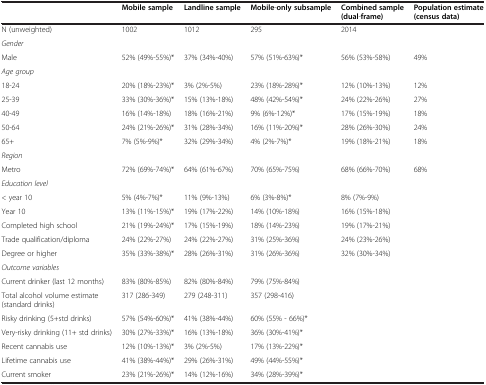
<table><thead><tr><td><b> </b></td><td><b>Mobile sample</b></td><td><b>Landline sample</b></td><td><b>Mobile-only subsample</b></td><td><b>Combined sample (dual-frame)</b></td><td><b>Population estimate (census data)</b></td></tr></thead><tbody><tr><td>N (unweighted)</td><td>1002</td><td>1012</td><td>295</td><td>2014</td><td> </td></tr><tr><td><i>Gender</i></td><td> </td><td> </td><td> </td><td> </td><td> </td></tr><tr><td>Male</td><td>52% (49%-55%)*</td><td>37% (34%-40%)</td><td>57% (51%-63%)*</td><td>56% (53%-58%)</td><td>49%</td></tr><tr><td><i>Age group</i></td><td> </td><td> </td><td> </td><td> </td><td> </td></tr><tr><td>18-24</td><td>20% (18%-23%)*</td><td>3% (2%-5%)</td><td>23% (18%-28%)*</td><td>12% (10%-13%)</td><td>12%</td></tr><tr><td>25-39</td><td>33% (30%-36%)*</td><td>15% (13%-18%)</td><td>48% (42%-54%)*</td><td>24% (22%-26%)</td><td>27%</td></tr><tr><td>40-49</td><td>16% (14%-18%)</td><td>18% (16%-21%)</td><td>9% (6%-12%)*</td><td>17% (15%-19%)</td><td>18%</td></tr><tr><td>50-64</td><td>24% (21%-26%)*</td><td>31% (28%-34%)</td><td>16% (11%-20%)*</td><td>28% (26%-30%)</td><td>24%</td></tr><tr><td>65+</td><td>7% (5%-9%)*</td><td>32% (29%-34%)</td><td>4% (2%-7%)*</td><td>19% (18%-21%)</td><td>18%</td></tr><tr><td><i>Region</i></td><td> </td><td> </td><td> </td><td> </td><td> </td></tr><tr><td>Metro</td><td>72% (69%-74%)*</td><td>64% (61%-67%)</td><td>70% (65%-75%)</td><td>68% (66%-70%)</td><td>68%</td></tr><tr><td><i>Education level</i></td><td> </td><td> </td><td> </td><td> </td><td> </td></tr><tr><td>&lt; year 10</td><td>5% (4%-7%)*</td><td>11% (9%-13%)</td><td>6% (3%-8%)*</td><td>8% (7%-9%)</td><td> </td></tr><tr><td>Year 10</td><td>13% (11%-15%)*</td><td>19% (17%-22%)</td><td>14% (10%-18%)</td><td>16% (15%-18%)</td><td> </td></tr><tr><td>Completed high school</td><td>21% (19%-24%)*</td><td>17% (15%-19%)</td><td>18% (14%-23%)</td><td>19% (17%-21%)</td><td> </td></tr><tr><td>Trade qualification/diploma</td><td>24% (22%-27%)</td><td>24% (22%-27%)</td><td>31% (25%-36%)</td><td>24% (23%-26%)</td><td> </td></tr><tr><td>Degree or higher</td><td>35% (33%-38%)*</td><td>28% (26%-31%)</td><td>31% (26%-36%)</td><td>32% (30%-34%)</td><td> </td></tr><tr><td><i>Outcome variables</i></td><td> </td><td> </td><td> </td><td> </td><td> </td></tr><tr><td>Current drinker (last 12 months)</td><td>83% (80%-85%)</td><td>82% (80%-84%)</td><td>79% (75%-84%)</td><td> </td><td> </td></tr><tr><td>Total alcohol volume estimate (standard drinks)</td><td>317 (286-349)</td><td>279 (248-311)</td><td>357 (298-416)</td><td> </td><td> </td></tr><tr><td>Risky drinking (5+std drinks)</td><td>57% (54%-60%)*</td><td>41% (38%-44%)</td><td>60% (55% - 66%)*</td><td> </td><td> </td></tr><tr><td>Very-risky drinking (11+ std drinks)</td><td>30% (27%-33%)*</td><td>16% (13%-18%)</td><td>36% (30%-41%)*</td><td> </td><td> </td></tr><tr><td>Recent cannabis use</td><td>12% (10%-13%)*</td><td>3% (2%-5%)</td><td>17% (13%-22%)*</td><td> </td><td> </td></tr><tr><td>Lifetime cannabis use</td><td>41% (38%-44%)*</td><td>29% (26%-31%)</td><td>49% (44%-55%)*</td><td> </td><td> </td></tr><tr><td>Current smoker</td><td>23% (21%-26%)*</td><td>14% (12%-16%)</td><td>34% (28%-39%)*</td><td> </td><td> </td></tr></tbody></table>